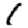
Digit: 1